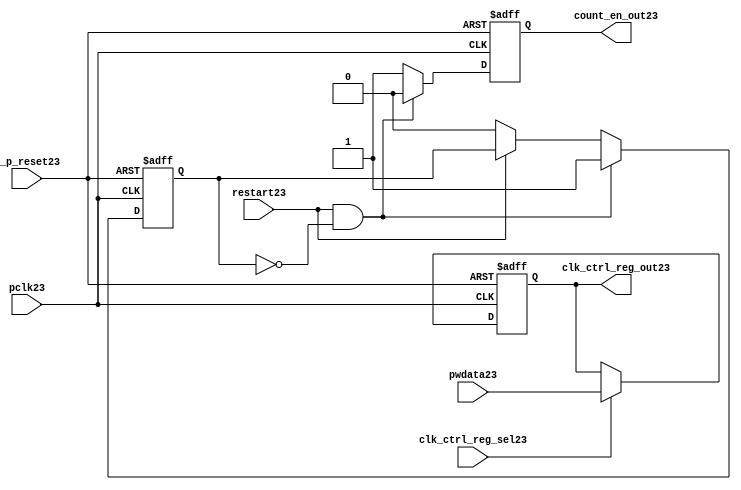
//File23 name   : ttc_count_rst_lite23.v
//Title23       : 
//Created23     : 1999
//Description23 : TTC23 counter reset block
//Notes23       : 
//----------------------------------------------------------------------
//   Copyright23 1999-2010 Cadence23 Design23 Systems23, Inc23.
//   All Rights23 Reserved23 Worldwide23
//
//   Licensed23 under the Apache23 License23, Version23 2.0 (the
//   "License23"); you may not use this file except23 in
//   compliance23 with the License23.  You may obtain23 a copy of
//   the License23 at
//
//       http23://www23.apache23.org23/licenses23/LICENSE23-2.0
//
//   Unless23 required23 by applicable23 law23 or agreed23 to in
//   writing, software23 distributed23 under the License23 is
//   distributed23 on an "AS23 IS23" BASIS23, WITHOUT23 WARRANTIES23 OR23
//   CONDITIONS23 OF23 ANY23 KIND23, either23 express23 or implied23.  See
//   the License23 for the specific23 language23 governing23
//   permissions23 and limitations23 under the License23.
//----------------------------------------------------------------------

module ttc_count_rst_lite23(

  //inputs23
  n_p_reset23,                             
  pclk23, 
  pwdata23,                                                           
  clk_ctrl_reg_sel23,
  restart23,        

  //outputs23
  count_en_out23,
  clk_ctrl_reg_out23

  );


//-----------------------------------------------------------------------------
// PORT DECLARATIONS23
//-----------------------------------------------------------------------------

   // inputs23
   input n_p_reset23;                 // Reset23 signal23
   input pclk23;                    // APB23 System23 clock23
   input [6:0] pwdata23;           // 7-Bit23 pwdata23 from APB23 interface
   input clk_ctrl_reg_sel23;        // Select23 for the clk_ctrl_reg23
   input restart23;                 // Restart23 reset from cntr_ctrl_reg23

   // outputs23
   output count_en_out23;
   output [6:0] clk_ctrl_reg_out23; // Controls23 clock23 selected


//-----------------------------------------------------------------------------
// Internal Signals23 & Registers23
//-----------------------------------------------------------------------------


   
   reg [6:0]    clk_ctrl_reg23;     //7-bit clock23 control23 register.
   
   reg          restart_var23;      //ensures23 prescaler23 reset at start of restart23 
   
   reg          count_en23;         //enable signal23 to counter

   
   wire [6:0]   clk_ctrl_reg_out23; //clock23 control23 output wire
   wire         count_en_out23;     //counter enable output
   
   
//-----------------------------------------------------------------------------
// Logic23 Section23:


//
//    p_clk_ctrl23: Process23 to implement the clk_ctrl_reg23.  
//                When23 select23 line is set then23 the data will be inserted23 to 
//                the clock23 control23 register, otherwise23 it will be equal23 to 
//                the previous value of the register, else it will be zero.
//-----------------------------------------------------------------------------

   assign clk_ctrl_reg_out23  = clk_ctrl_reg23;
   assign count_en_out23      = count_en23;


//    p_ps_counter23: counter for clock23 enable generation23.
   
   always @(posedge pclk23 or negedge n_p_reset23)
   begin: p_ps_counter23
      
      if (!n_p_reset23)
      begin
         restart_var23  <= 1'b0;
         count_en23     <= 1'b0;
      end
      else
      begin
         if (restart23 & ~restart_var23)
         begin
            restart_var23  <= 1'b1;
            count_en23     <= 1'b0;
         end 
         
         else 
           begin
              
              if (~restart23)
                 restart_var23 <= 1'b0;
              else
                 restart_var23 <= restart_var23;
                 
              count_en23     <= 1'b1;        
              
           end
      end // else: !if(!n_p_reset23)      
  
   end  //p_ps_counter23



// p_clk_ctrl23 : Process23 for writing to the clk_ctrl_reg23
   
   always @ (posedge pclk23 or negedge n_p_reset23)
   begin: p_clk_ctrl23
      
      if (!n_p_reset23)
         clk_ctrl_reg23 <= 7'h00;
      else
      begin 

         if (clk_ctrl_reg_sel23)
            clk_ctrl_reg23 <= pwdata23;
         else
            clk_ctrl_reg23 <= clk_ctrl_reg23;

      end 
      
   end  //p_clk_ctrl23

   
endmodule